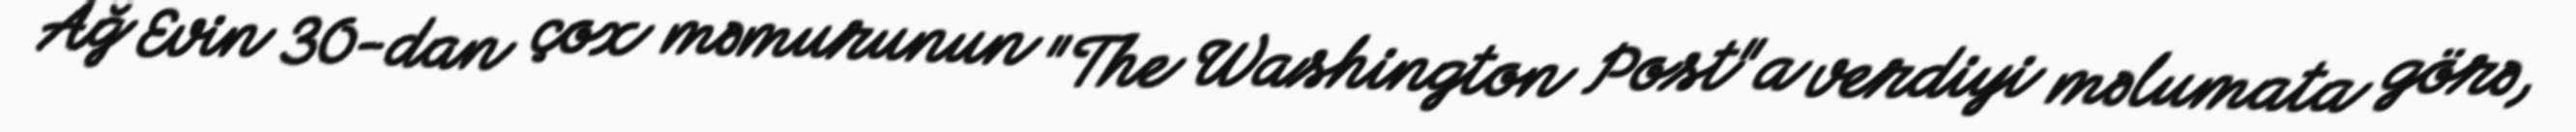
Ağ Evin 30-dan çox məmurunun "The Washington Post"a verdiyi məlumata görə,